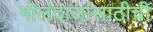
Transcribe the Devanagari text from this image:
गोलंदाजांसाठीची